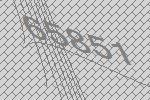
65851